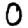
Digit: 0